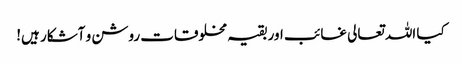
کیا اللہ تعالی غائب اور بقیہ مخلوقات روشن و آشکار ہیں!